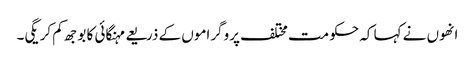
انھوں نے کہا کہ حکومت مختلف پروگراموں کے ذریعے مہنگائی کا بوجھ کم کریگی۔